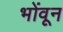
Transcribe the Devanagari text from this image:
भोंवून